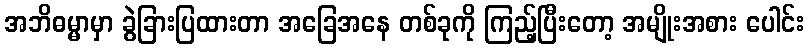
အဘိဓမ္မာမှာ ခွဲခြားပြထားတာ အခြေအနေ တစ်ခုကို ကြည့်ပြီးတော့ အမျိုးအစား ပေါင်း